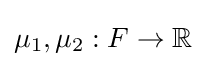
\mu _{1},\mu _{2}:F\to \mathbb {R}